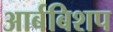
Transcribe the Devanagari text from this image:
आर्बबिशप